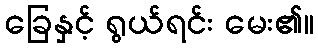
ခြေနှင့် ရွယ်ရင်း မေး၏။